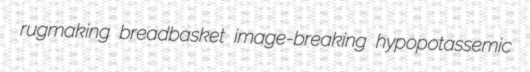
rugmaking breadbasket image-breaking hypopotassemic